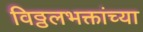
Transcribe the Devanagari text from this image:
विठ्ठलभक्तांच्या